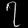
Digit: ၇